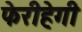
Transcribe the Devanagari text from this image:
फेरीहेगी